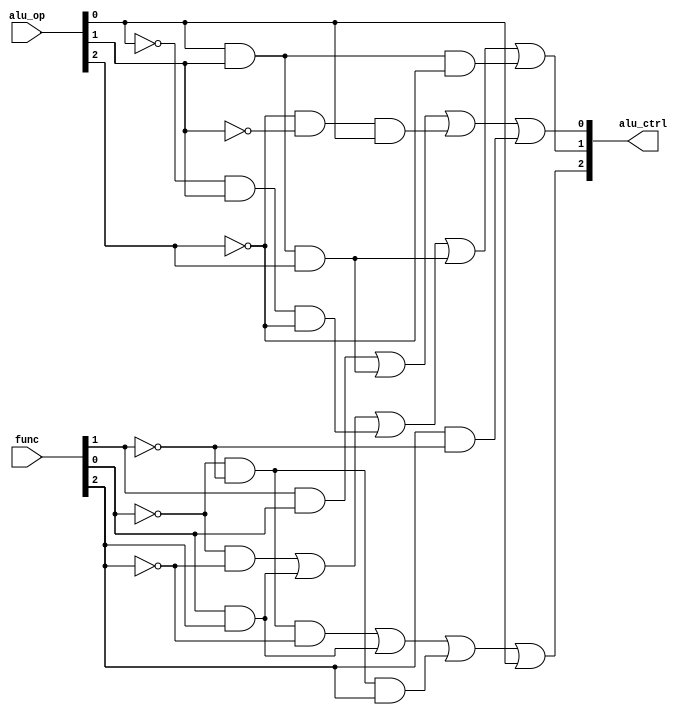
module alu_control (alu_op, func, alu_ctrl);
    input [2:0] alu_op;
    input [2:0] func;
    output [2:0] alu_ctrl;
	 
	 wire alu_op_not0,alu_op_not1,alu_op_not2,func_not0,func_not1,func_not2;
	 wire r1,r2,r3,r4,r5,r6,r7,r8, r9, r10, r11, r12, r13;
	 
	 not g0(func_not0,func[0]);
	 not g1(func_not1,func[1]);
	 not g2(func_not2,func[2]);
	 not g3(alu_op_not0,alu_op[0]);
	 not g4(alu_op_not1,alu_op[1]);
	 not g5(alu_op_not2,alu_op[2]);
	 
	 //ALU_ctr[0]
	 and a1(r1,func[1],func[0]);
	 and a2(r2,alu_op[0],alu_op[1],alu_op[2]);
	 and a3(r3,alu_op_not2,alu_op_not1,alu_op[0]);
	 and a4(r13,func[2],func_not1);
	 or a5(alu_ctrl[0],r1,r2,r3,r13);
	 
	 //ALU_ctr[1]
	 and b1(r4,func_not0,func_not2);
	 and b2(r5,func[0],func[2]);
	 and b3(r6,alu_op_not0,alu_op[1],alu_op_not2);
	 and b4(r7,alu_op[0],alu_op[1],alu_op[2]);
	 and b5(r8,alu_op[0],alu_op[1],alu_op_not2);
	 or b7(alu_ctrl[1],r4,r5,r6,r7,r8);
	 
	 //ALU_ctr[2]
	 and c1(r10,func_not0,func_not1,func_not2);
	 and c2(r11,func[0],func[2]);
	 and c3(r12,func_not0,func_not1,func[2]);
	 or c4(alu_ctrl[2],r10,r11,r12,alu_op[0]);
	
	 endmodule